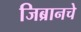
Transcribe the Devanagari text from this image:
जिब्रानचे